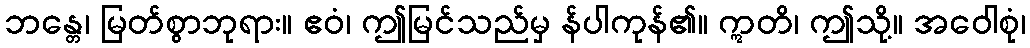
ဘန္တေ၊ မြတ်စွာဘုရား။ ဧဝံ၊ ဤမြင်သည်မှ န်ပါကုန်၏။ ဣတိ၊ ဤသို့။ အဝေါစုံ၊